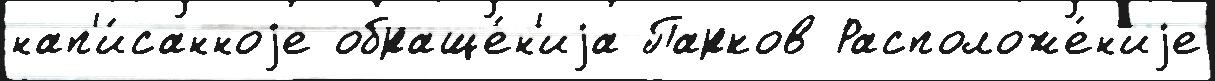
нап'и́санноjе обраще́н'иjа Парков Расположе́н'иjе